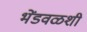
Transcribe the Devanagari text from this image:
भेंडवळशी